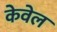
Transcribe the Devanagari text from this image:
केवेल